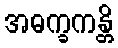
အဓက္ခကန္တိ